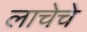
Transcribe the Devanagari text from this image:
लाचेचे